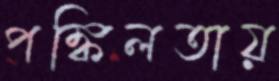
পঙ্কিলতায়